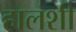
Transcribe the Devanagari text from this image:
हालशी